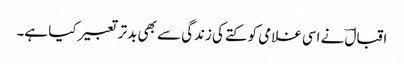
اقبالؔ نے اسی غلامی کو کتے کی زندگی سے بھی بدتر تعبیر کیا ہے۔